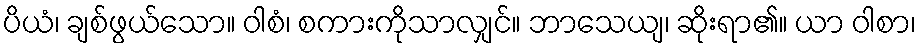
ပိယံ၊ ချစ်ဖွယ်သော။ ဝါစံ၊ စကားကိုသာလျှင်။ ဘာသေယျ၊ ဆိုးရာ၏။ ယာ ဝါစာ၊